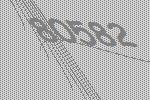
80582